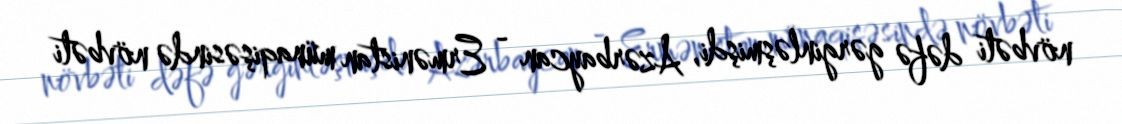
növbəti dəfə gərginləşmişdi, Azərbaycan - Ermənistan münaqişəsində növbəti